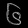
Digit: ၆